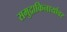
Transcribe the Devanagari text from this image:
समुद्राकिनार्यावर